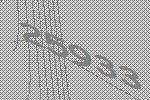
25933